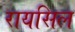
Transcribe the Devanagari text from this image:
रायसिल